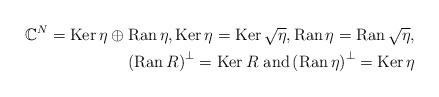
LaTeX: \begin{align*}\mathbb{C}^{N}=\operatorname{Ker}\eta\oplus\operatorname{Ran}\eta,\operatorname{Ker}\eta=\operatorname{Ker}\sqrt{\eta},\operatorname{Ran}\eta=\operatorname{Ran}\sqrt{\eta},\\\left( \operatorname{Ran}R\right) ^{\bot}=\operatorname{Ker}R\text{ and}\left( \operatorname{Ran}\eta\right) ^{\bot}=\operatorname{Ker}\eta\end{align*}